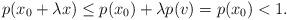
LaTeX: \begin{align*}p(x_0+\lambda x)\le p(x_0)+\lambda p(v)=p(x_0)<1.\end{align*}